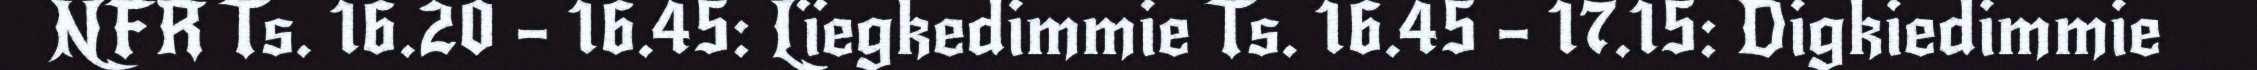
NFR Ts. 16.20 – 16.45: Lïegkedimmie Ts. 16.45 – 17.15: Digkiedimmie